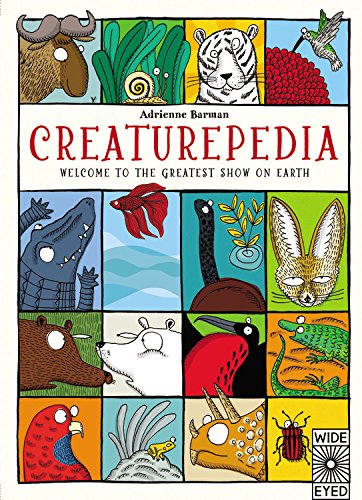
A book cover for Creaturepedia: Welcome to the Greatest Show on Earth; Adrienne Barman; Children's Books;